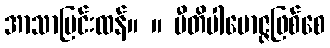
အာသာပြင်းထန်။ ။ ပီတိပါမောဇ္ဇဖြစ်စေ